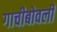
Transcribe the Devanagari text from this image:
गाचीबोवली